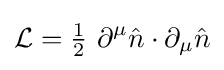
{\mathcal {L}}={\tfrac {1}{2}}\ \partial ^{\mu }{\hat {n}}\cdot \partial _{\mu }{\hat {n}}